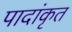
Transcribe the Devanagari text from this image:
पादांकृत